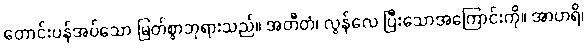
တောင်းပန်အပ်သော မြတ်စွာဘုရားသည်။ အတီတံ၊ လွန်လေ ပြီးသောအကြောင်းကို။ အာဟရိ၊